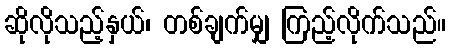
ဆိုလိုသည့်နှယ်၊ တစ်ချက်မျှ ကြည့်လိုက်သည်။